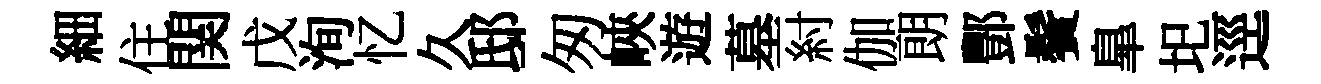
細住関戊洵忆久邸匆峽遊墓紂伽朗酆鬢臯圯逕